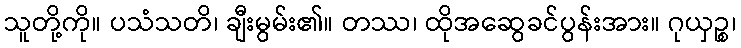
သူတို့ကို။ ပသံသတိ၊ ချီးမွမ်း၏။ တဿ၊ ထိုအဆွေခင်ပွန်းအား။ ဂုယှဉ္စ၊